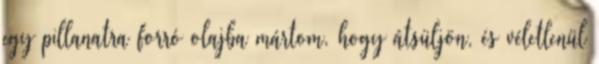
egy pillanatra forró olajba mártom, hogy átsüljön, és véletlenül